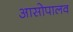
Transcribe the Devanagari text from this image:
आसोपालव